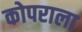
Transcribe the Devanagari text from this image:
कोपराला